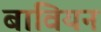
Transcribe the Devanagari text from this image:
बावियन